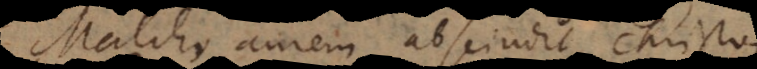
Malcho aurem abscindit Christo;